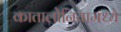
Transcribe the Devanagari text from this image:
कातालोनियामध्ये